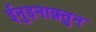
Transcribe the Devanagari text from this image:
ईनुइनाक़्तुन